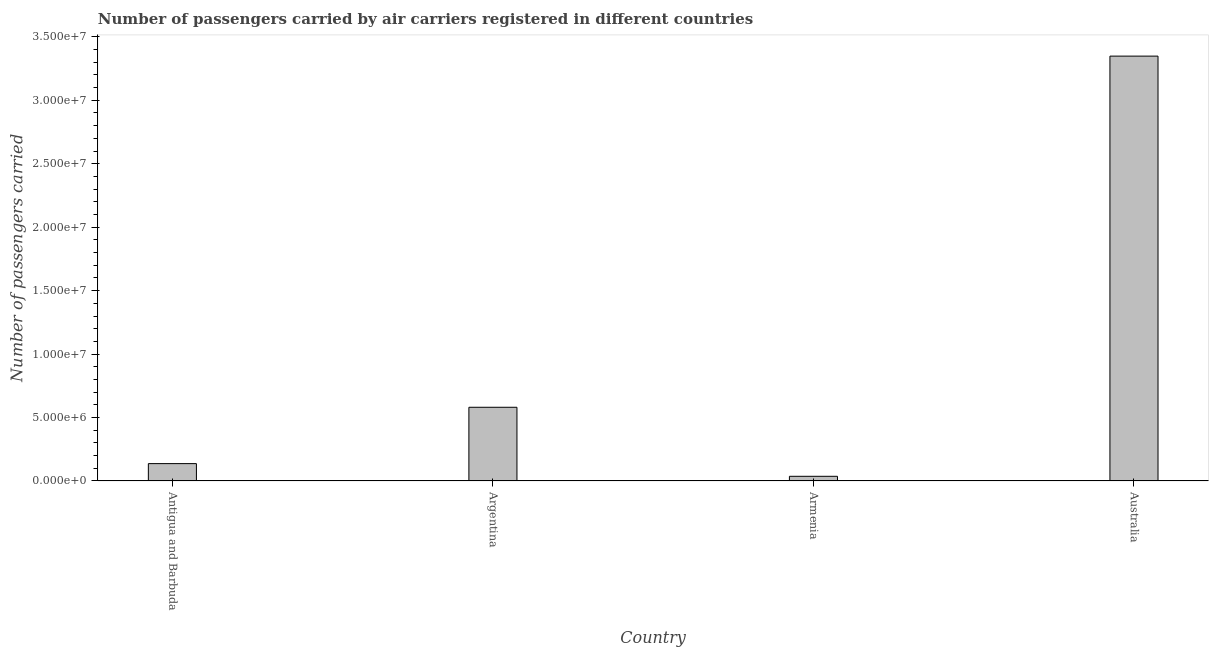
| Country | Air transport |
 | --- | --- |
 | Antigua and Barbuda | 1.37e+06 |
 | Argentina | 5.81e+06 |
 | Armenia | 3.69e+05 |
 | Australia | 3.35e+07 |